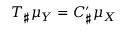
T _ { \sharp } \mu _ { Y } = C _ { \sharp } ^ { \prime } \mu _ { X }